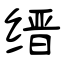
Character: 缙